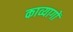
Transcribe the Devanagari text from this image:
काव्यागों